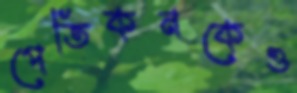
পেতিকনকেও